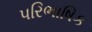
પરિભાષિક